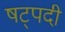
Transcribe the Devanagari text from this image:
षट्‍पदी